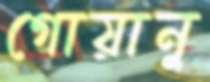
গোয়ানু